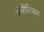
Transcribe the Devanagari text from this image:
ऑरीलियन